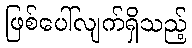
ဖြစ်ပေါ်လျက်ရှိသည့်